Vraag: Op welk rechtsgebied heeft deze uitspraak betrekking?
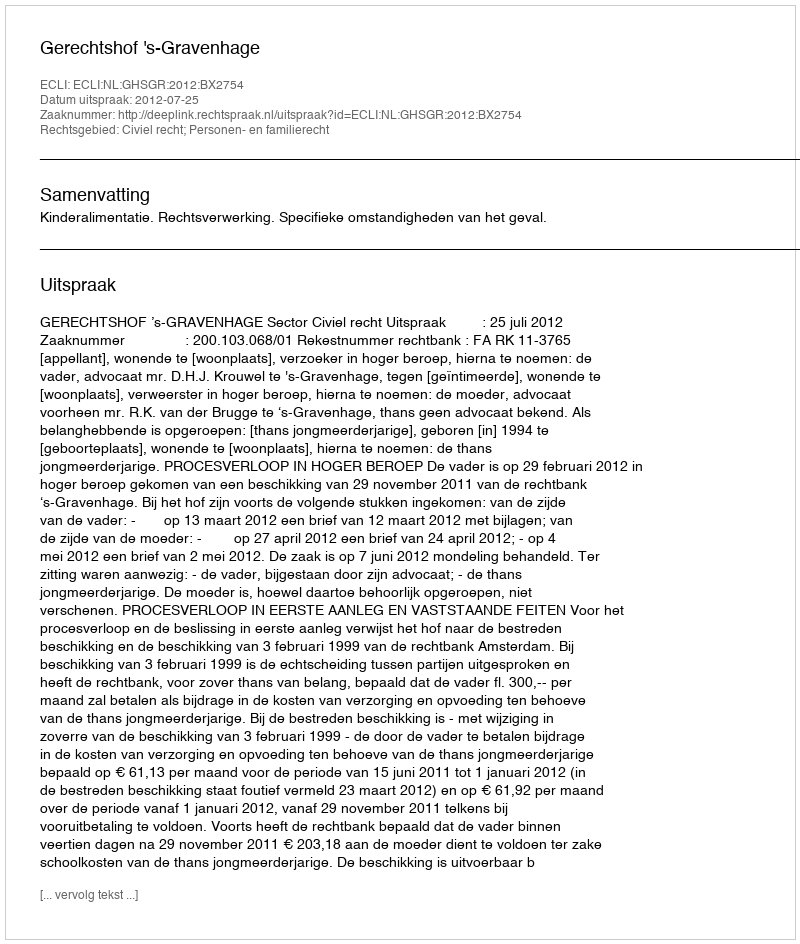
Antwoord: Civiel recht; Personen- en familierecht